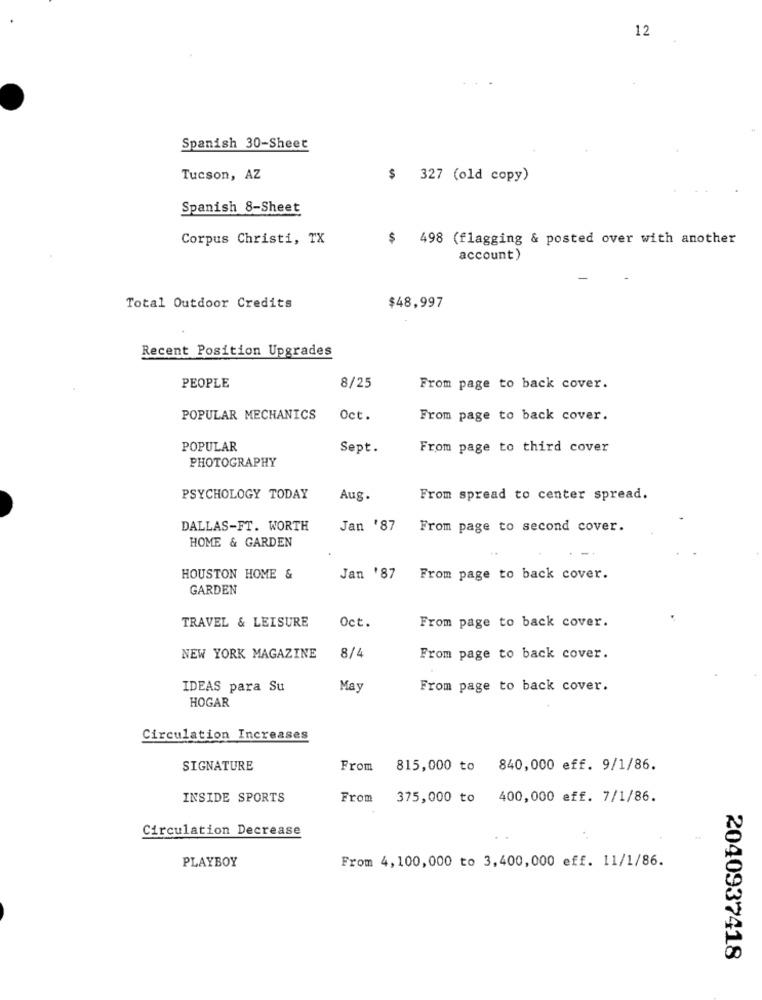
12
Spanish 30-Sheet
Tucson, AZ
$ 327 (old copy)
Spanish 8-Sheet
Corpus Christi, TX
$498 (flagging & posted over with another
account)
Total Outdoor Credits
$48,997
Recent Position Upgrades
PEOPLE
8/25
From page to back cover.
POPULAR MECHANICS
Oct.
From page to back cover.
POPULAR
Sept.
From page to third cover
PHOTOGRAPHY
PSYCHOLOGY TODAY
Aug.
From spread to center spread.
DALLAS-FT. WORTH
Jan '87
From page to second cover.
HOME & GARDEN
HOUSTON HOME &
Jan '87
From page to back cover.
GARDEN
TRAVEL & LEISURE
Oct.
From page to back cover.
8/4
NEW YORK MAGAZINE
From page to back cover.
IDEAS para Su
May
From page to back cover.
HOGAR
Circulation Increases
SIGNATURE
From 815,000 to 840,000 eff. 9/1/86.
INSIDE SPORTS
From
375,000 to 400,000 eff. 7/1/86.
Circulation Decrease
PLAYBOY
From 4,100,000 to 3,400,000 eff. 11/1/86.
2040937418